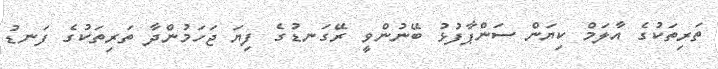
ތަރިތަކުގެ އާލަމް ކިޔަން ސަންޕާފުޅު ބޭނުންވީ ރޭގަނޑުގެ ފިޔަ ޖަހަމުންދާ ތަރިތަކުގެ ފަނޑު